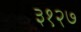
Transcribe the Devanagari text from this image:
३१२७